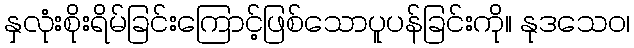
နှလုံးစိုးရိမ်ခြင်းကြောင့်ဖြစ်သောပူပန်ခြင်းကို။ နုဒသေဝ၊